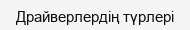
Драйверлердің түрлері